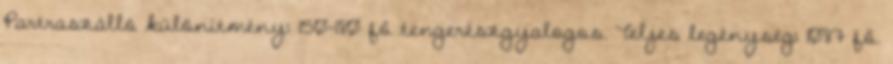
Partraszálló különítmény: 150-180 fő tengerészgyalogos. Teljes legénység: 1087 fő.